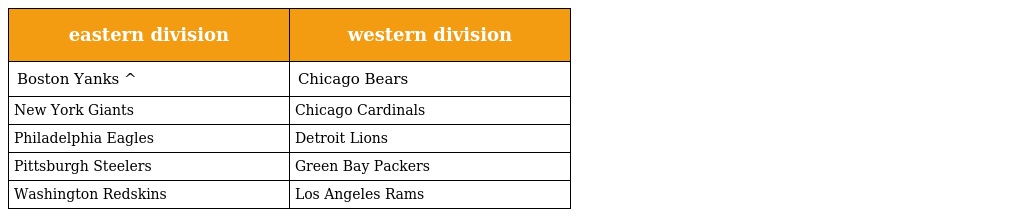
| eastern division | western division |
 | --- | --- |
 | Boston Yanks ^ | Chicago Bears |
 | New York Giants | Chicago Cardinals |
 | Philadelphia Eagles | Detroit Lions |
 | Pittsburgh Steelers | Green Bay Packers |
 | Washington Redskins | Los Angeles Rams |